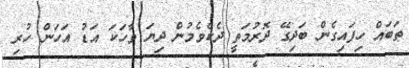
ތަބައް ހިފައިގެން ބަދިގޭ ދޮރުމަތީ ދެކެވެމުން ދިޔަ ވާހަކަ އަޑު އަހަން ހުރި